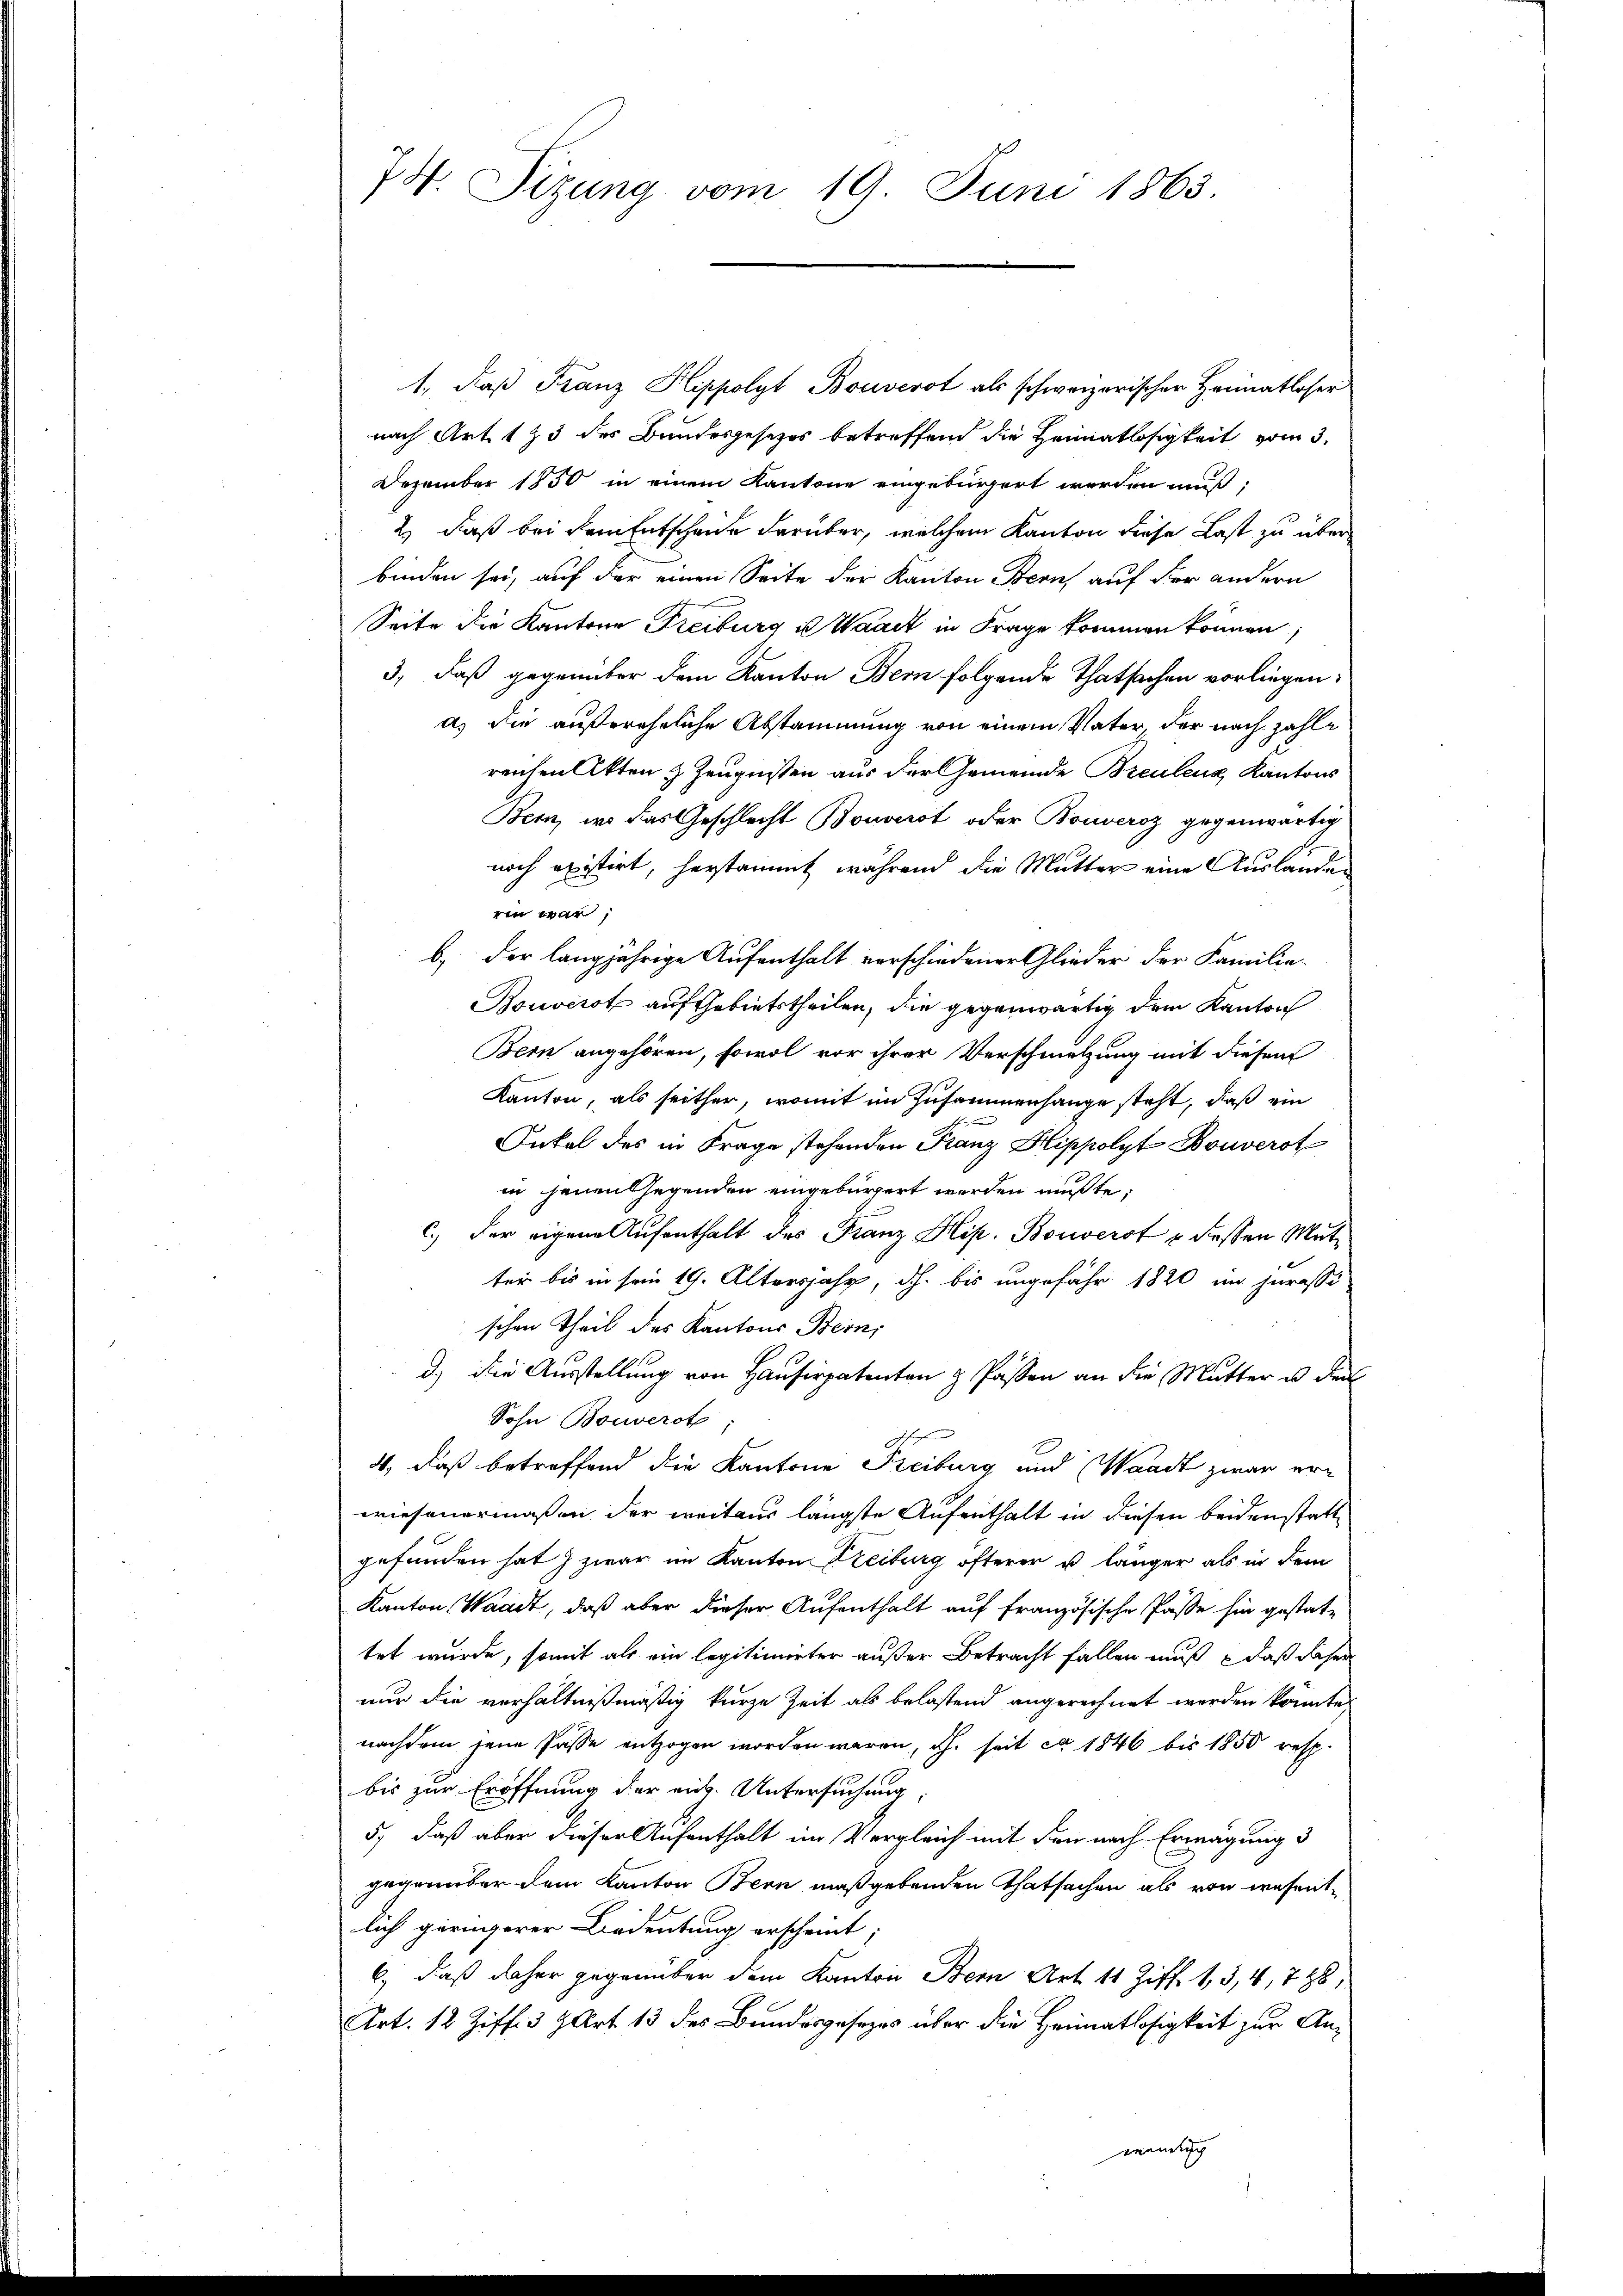
74. Sitzung vom 19. Juni 1863.

1., daβ Franz Hippolyt Bouverst als schweizerischer Heimatloser
nach Art. 133 des Bundesgesetzes betreffend die Heimatlosigkeit vom 3.
Dezember 1850 in einem Kantone eingebürgert werden muß,
2.) Daß bei dem Entschaue darüber, welchem Kanton diese Last zu über
binden sei, auf der einen Seite der Kanton Bern, auf der andern
Seite die Kantone Freiburg u. Waadt in Frage kommen können
3, daß gegenüber dem Kanton Bern folgende Thatsachen vorliegen.
a) Die außereheliche Abstammung von einem Vater, der nach zahle
reichen Akten & Zeugnissen aus der Gemeinde Breulenz Kantons
Bern, wo das Geschlecht Bonverst oder Bouveroz gegenwärtig
noch existirt, herstammt während die Mutter eine Auslande
ein war,
b) der langjährige Aufenthalt verschiedener Glieder der Familie-
Bouverst auf Gebietstheilen, die gegenwärtig dem Kanton
Bern angehören, sowol vor ihrer Verschmelzung mit diesen
Kanton, als seither, womit im Zusammenhange steht, daß ein
Inkal des in Frage stehenden Franz Hippolyt Bouverst
in jenen Gegenden eingebürgert werden mußte;
c.) der eigene Aufenthalt des Franz Hip. Bouverst & dessen Mutter bis in sein 19. Altersjahr, dh. bis ungefähr 1820 im jurassi
schen Theil des Kantons Bern,
d.) die Ausstellung von Hausirpatenten z Passen an die Mutter in der
Sohn Bouverst
4, daß betreffend die Kantone Freiburg und Waadt zwar erwiesenermaßen der weitaus längste Aufenthalt in diesen beidenstatte
gefunden hat & zwar im Kanton Freiburg öfterer u. länger als in dem
Kanton Waadt, daß aber dieser Aufenthalt auf französische Pässe hin gestattet wurde, somit als ein legitimirter außer Betracht fallen muß  daß daher
nur die verhältnißmäßig kurze Zeit als belastend angerechnet werden könnte,
nachdem jene Pässe entzogen worden waren, dh. seit ca 1846 bis 1850 resp.
bis zur Eröffnung der ein. Untersuchung,
5.) daß aber dieser Aufenthalt im Vergleich mit den nach Erwägung d
gegenüber dem Kanton Bern maßgebenden Thatsachen als von wesentlich geringerer Bedeutung erscheint;
6.) daß daher gegenüber dem Kanton Bern Art. 11 Ziff. 1, 3, 4, 788,
Art. 12 Ziff. 3 Art 13 des Bundesgesezes über die Heimatlosigkeit zur Anauch